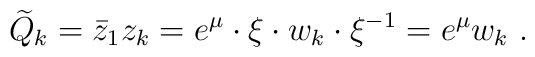
\widetilde  Q_k = {\bar z_1} z_k = e^\mu \cdot \xi \cdot w_k \cdot\xi^{-1} = e^\mu w_k \ .